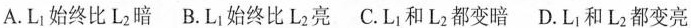
A.L_{1}始终比L_{2}暗B.L_{1}始终比L_{2}亮C.L_{1}和L_{2}都变暗D.L_{1}和L_{2}都变亮